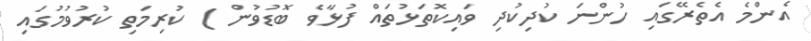
އެންމެ އެތެރޭގައި ހުންނަ ކުދިކުދި ވައިކޮތަޅުތައް ފުޅާވެ ބޮޑުވުން ) ކުރިމަތި ކުރުވުމުގައި